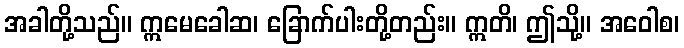
အခါတို့သည်။ ဣမေခေါဆ၊ ခြောက်ပါးတို့တည်း။ ဣတိ၊ ဤသို့။ အဝေါစ၊